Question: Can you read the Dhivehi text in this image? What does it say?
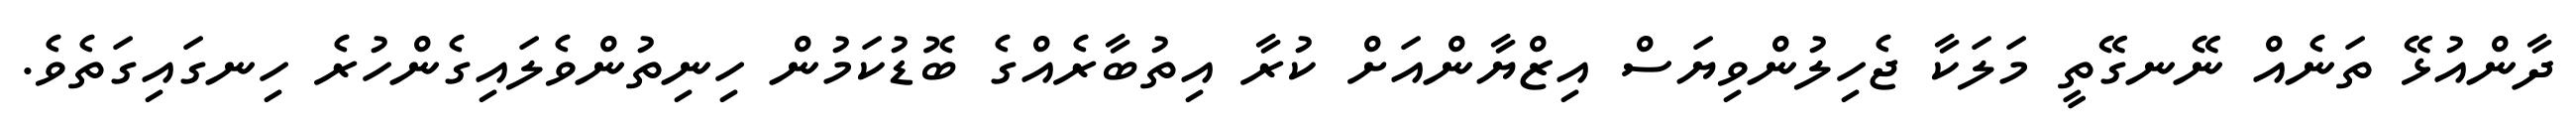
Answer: ދާންއުޅޭ ތަނެއް ނޭނގޭތީ މަލަކާ ޖެހިލުންވިޔަސް އިޒްޔާންއަށް ކުރާ އިތުބާރެއްގެ ބޮޑުކަމުން ހިނިތުންވެލައިގެންހުރެ ހިނގައިގަތެވެ.